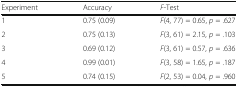
<table><thead><tr><td><b>Experiment</b></td><td><b>Accuracy</b></td><td><b><i>F</i>-Test</b></td></tr></thead><tbody><tr><td>1</td><td>0.75 (0.09)</td><td><i>F</i>(4, 77) = 0.65, <i>p</i> = .627</td></tr><tr><td>2</td><td>0.75 (0.13)</td><td><i>F</i>(3, 61) = 2.15, <i>p</i> = .103</td></tr><tr><td>3</td><td>0.69 (0.12)</td><td><i>F</i>(3, 61) = 0.57, <i>p</i> = .636</td></tr><tr><td>4</td><td>0.99 (0.01)</td><td><i>F</i>(3, 58) = 1.65, <i>p</i> = .187</td></tr><tr><td>5</td><td>0.74 (0.15)</td><td><i>F</i>(2, 53) = 0.04, <i>p</i> = .960</td></tr></tbody></table>